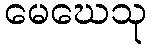
မေဃေသု